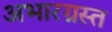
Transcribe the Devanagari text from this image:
अभारग्रस्त